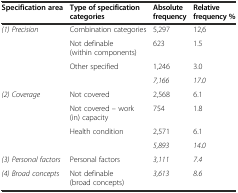
<table><thead><tr><td><b>Specification area</b></td><td><b>Type of specification categories</b></td><td><b>Absolute frequency</b></td><td><b>Relative frequency %</b></td></tr></thead><tbody><tr><td rowspan="4"><i>(1) Precision</i></td><td>Combination categories</td><td>5,297</td><td>12,6</td></tr><tr><td>Not definable (within components)</td><td>623</td><td>1.5</td></tr><tr><td rowspan="2">Other specified</td><td>1,246</td><td>3.0</td></tr><tr><td><i>7,166</i></td><td><i>17.0</i></td></tr><tr><td rowspan="4"><i>(2) Coverage</i></td><td>Not covered</td><td>2,568</td><td>6.1</td></tr><tr><td>Not covered – work (in) capacity</td><td>754</td><td>1.8</td></tr><tr><td rowspan="2">Health condition</td><td>2,571</td><td>6.1</td></tr><tr><td><i>5,893</i></td><td><i>14.0</i></td></tr><tr><td><i>(3) Personal factors</i></td><td>Personal factors</td><td><i>3,111</i></td><td><i>7.4</i></td></tr><tr><td><i>(4) Broad concepts</i></td><td>Not definable (broad concepts)</td><td><i>3,613</i></td><td><i>8.6</i></td></tr></tbody></table>